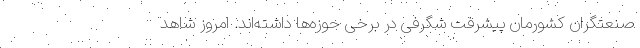
صنعتگران کشورمان پیشرفت شگرفی در برخی حوزه‌ها داشته‌اند. امروز شاهد